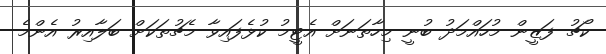
ކޯޗު ފަޒީން މުހައްމަދު ބުނީ މިހާތަނަށް އެޓީމު ކުޅެފައިވާ މެޗުތަކަށް ބަލާއިރު އެންމެ